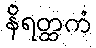
နိရတ္ထကံ